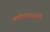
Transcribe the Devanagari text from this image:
वर्षावासासाठी